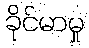
ခိုင်မာမှု